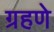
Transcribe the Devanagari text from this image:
ग्रहणे